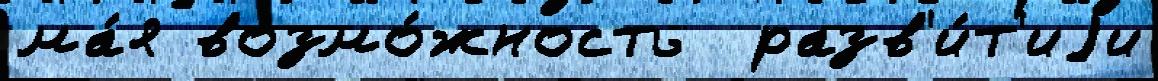
ма́я возмо́жность  разв'и́т'иjи